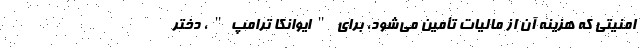
امنیتی که هزینه آن از مالیات تأمین می‌شود، برای "ایوانکا ترامپ"، دختر